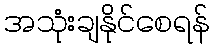
အသုံးချနိုင်စေရန်